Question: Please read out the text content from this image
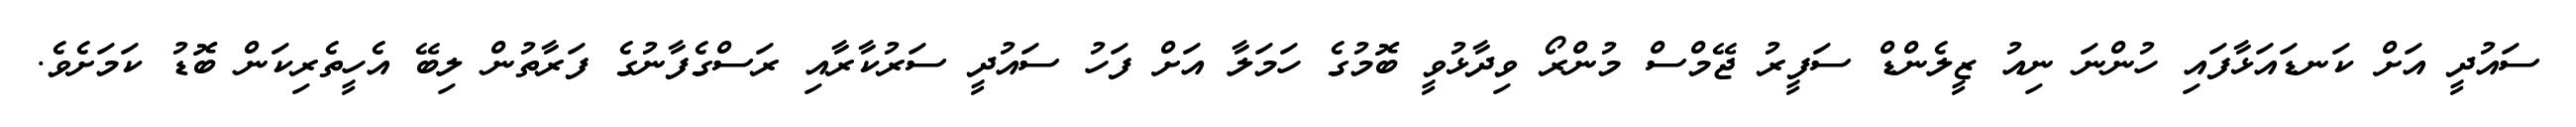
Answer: ސައުދީ އަށް ކަނޑައަޅާފައި ހުންނަ ނިއު ޒީލެންޑް ސަފީރު ޖޭމްސް މުންރޯ ވިދާޅުވީ ބޮމުގެ ހަމަލާ އަށް ފަހު ސައުދީ ސަރުކާރާއި ރަސްގެފާނުގެ ފަރާތުން ލިބޭ އެހީތެރިކަން ބޮޑު ކަމަށެވެ.